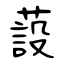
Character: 蔎